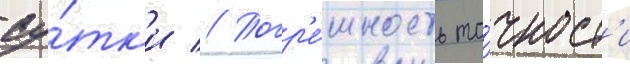
су́тк'и // Погр'е́шность то́чност'и